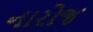
નારોજ